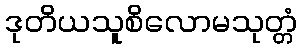
ဒုတိယသူစိလောမသုတ္တံ